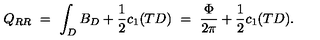
Q _ { R R } \ = \ \int _ { D } B _ { D } + \frac { 1 } { 2 } c _ { 1 } ( T D ) \ = \ \frac { \Phi } { 2 \pi } + \frac { 1 } { 2 } c _ { 1 } ( T D ) .